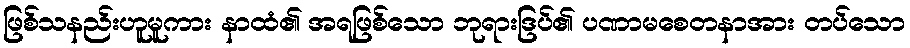
ဖြစ်သနည်းဟူမူကား နာထံ၏ အရဖြစ်သော ဘုရားဒြပ်၏ ပဏာမစေတနာအား တပ်သော